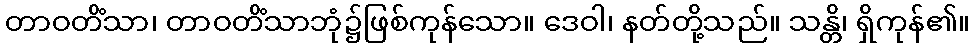
တာဝတိံသာ၊ တာဝတိံသာဘုံ၌ဖြစ်ကုန်သော။ ဒေဝါ၊ နတ်တို့သည်။ သန္တိ၊ ရှိကုန်၏။